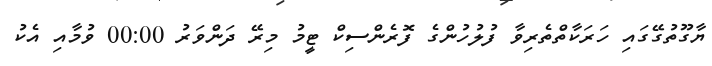
ޔާގޫތުގޭގައި ހަރަކާތްތެރިވާ ފުލުހުންގެ ފޮރެންސިކް ޓީމު މިރޭ ދަންވަރު 00:00 ވުމާއި އެކު